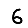
Digit: 6